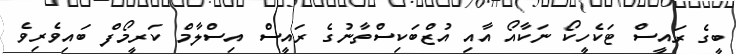
ބީގެ ރައީސް ޓަކެހީކޯ ނަކާއޯ އާއި އުޒްބަކިސްތާނުގެ ރައީސް އިސްލާމް ކަރީމޯފް ބައިވެރިވެ